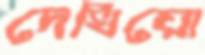
দেখিয়ো